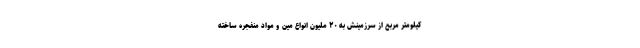
کیلومتر مربع از سرزمینش به ۲۰ ملیون انواع مین و مواد منفجره ساخته